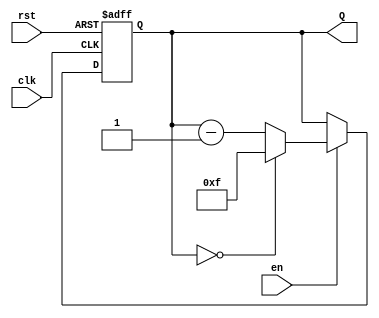
module binary_down_counter (
    input wire clk,      // Clock signal
    input wire rst,      // Asynchronous reset signal
    input wire en,       // Enable signal
    output reg [3:0] Q   // 4-bit counter output
);

    // Define the maximum value for a 4-bit counter
    localparam MAX_COUNT = 4'b1111; // 15 in decimal

    // Sequential logic: On clock edge, update the counter
    always @(posedge clk or posedge rst) begin
        if (rst) begin
            // If reset is asserted, set counter to maximum value
            Q <= MAX_COUNT;
        end else if (en) begin
            // If enabled, decrement the counter
            if (Q == 4'b0000) begin
                // If counter is at zero, rollover to maximum value
                Q <= MAX_COUNT;
            end else begin
                // Decrement counter
                Q <= Q - 1;
            end
        end
        // If not enabled, Q remains unchanged
    end

endmodule